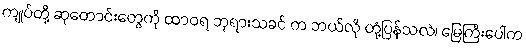
ကျုပ်တို့ ဆုတောင်းတွေကို ထာဝရ ဘုရားသခင် က ဘယ်လို တုံ့ပြန်သလဲ၊ မြေကြီးပေါ်က